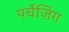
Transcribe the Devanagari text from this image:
पर्चेज़िंग